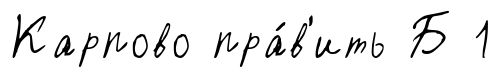
Карпово пра́в'ить Б 1